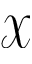
\mathcal { X }